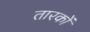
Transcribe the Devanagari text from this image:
तारकों